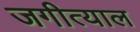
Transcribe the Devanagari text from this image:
जगीत्याल